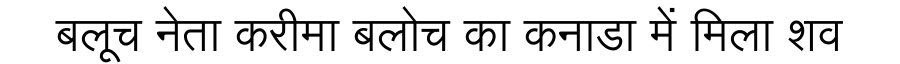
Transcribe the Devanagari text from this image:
बलूच नेता करीमा बलोच का कनाडा में मिला शव